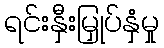
ရင်းနှီးမြှုပ်နှံမှု